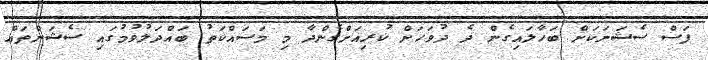
ފަސް ސެޝަނަކަށް ބަހާލައިގެން ދެ ދުވަހަށް ކުރިއަށްގެންދާ މި މަސައްކަތު ބައްދަލުވުމުގައި ސެޝަންތައް